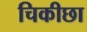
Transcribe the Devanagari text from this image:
चिकीछा